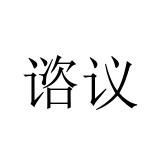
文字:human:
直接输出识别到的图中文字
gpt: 谘议